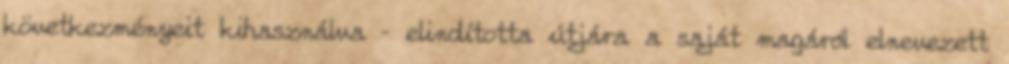
következményeit kihasználva – elindította útjára a saját magáról elnevezett